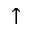
\uparrow